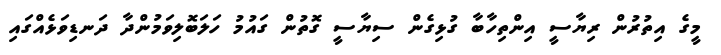
މީގެ އިތުރުން ރިޔާސީ އިންތިހާބާ ގުޅިގެން ސިޔާސީ ގޮތުން ގައުމު ހަލަބޮލިވަމުންދާ ދަނޑިވަޅެއްގައި